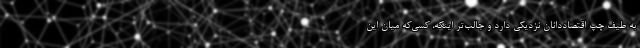
به طیف چپ اقتصاددانان نزدیکی دارد و جالب‌تر اینکه، کسی‌که میان این